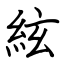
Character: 絃